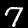
Digit: 7